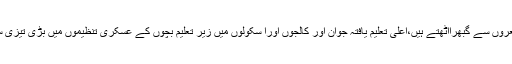
اگر چہ پاکستانی حکمران خود بھی ان نعروں سے گبھرااٹھتے ہیں،اعلیٰ تعلیم یافتہ جوان اور کالجوں اورا سکولوں میں زیر تعلیم بچوں کے عسکری تنظیموں میں بڑی تیزی سے شامل ہونے کی خبریں مل رہی ہیں۔